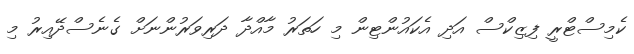
ކެމިސްޓްރީ ފިޒިކްސް އަދި އެކައުންޓިން މި ހަތަރު މާއްދާ ދަރިވަރުންނަށް ގެނެސްދޭއިރު މި